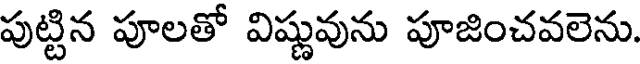
పుట్టిన పూలతో విష్ణువును పూజించవలెను.